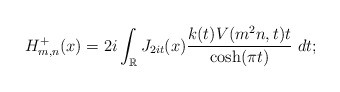
\begin{align*}H_{m,n}^+(x) =2i\int_\mathbb{R} J_{2it} (x) \frac{k(t) V(m^2 n, t)t}{\cosh (\pi t)} ~dt;\end{align*}